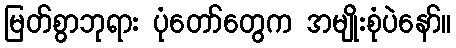
မြတ်စွာဘုရား ပုံတော်တွေက အမျိုးစုံပဲနော်။